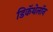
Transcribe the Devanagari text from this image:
डिकॅथेलॉन